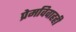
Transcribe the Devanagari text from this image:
प्रेमविवाहही